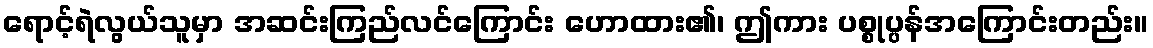
ရောင့်ရဲလွယ်သူမှာ အဆင်းကြည်လင်ကြောင်း ဟောထား၏၊ ဤကား ပစ္စုပ္ပန်အကြောင်းတည်း။